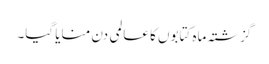
گزشتہ ماہ کتابوں کا عالمی دن منایا گیا۔